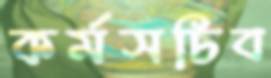
কর্মসচিব